Annual administration report of the Civil Veterinary Department of India - 1898-1899
Year: 1898
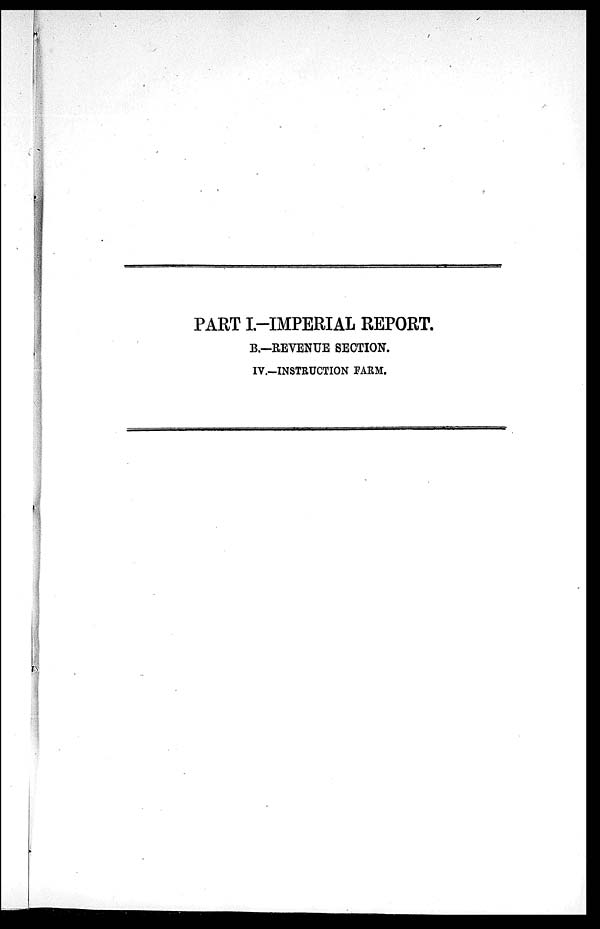
PART I.-IMPERIAL REPORT.
B.—REVENUE SECTION.
IV.-INSTRUCTION FARM.